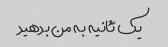
یک ثانیه به من بدهید